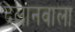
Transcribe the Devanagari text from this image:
दलानवाला